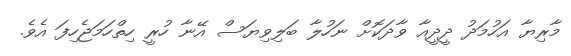
މާރިޔާ އަހުމަދު ދީދީއާ ވާދަކޮށް ނަހުލާ ބަލިވިޔަސް އޭނާ ހުރީ ހިތްހަމަޖެހިފަ އެވެ.